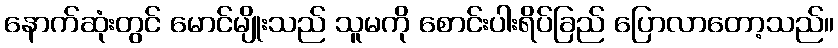
နောက်ဆုံးတွင် မောင်မျိုးသည် သူမကို စောင်းပါးရိပ်ခြည် ပြောလာတော့သည်။